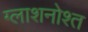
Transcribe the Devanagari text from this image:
ग्लाशनोश्त